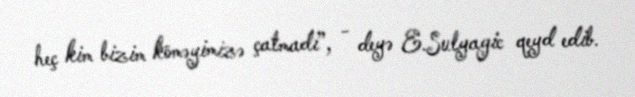
heç kim bizim köməyimizə çatmadı”, - deyə E.Sulyagic qeyd edib.